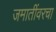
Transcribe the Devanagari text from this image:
जमातींवरचा